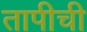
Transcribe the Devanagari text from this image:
तापीची